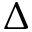
\Delta